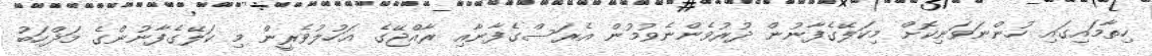
ހިތާމައިގައި ހުންނަވަނިކޮށް މިކަލޭގެފާނުން ދުރުވެންނެވުމުން އެރަސްގެފާނާއި ރާއްޖޭގެ އަހުލުވެރީން މި ކަލޭގެފާނުންގެ މަޛްހަބު